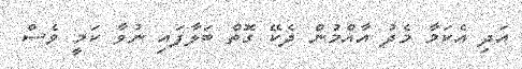
އަދި އެކަމާ މެދު އާއްމުން ދެކޭ ގޮތް ބަލާފައި ނުވާ ކަމީ ވެސް